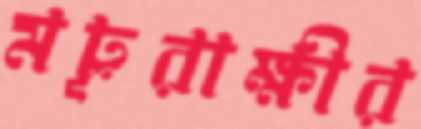
ময়ূরাক্ষীর